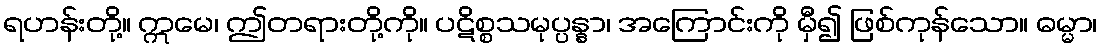
ရဟန်းတို့။ ဣမေ၊ ဤတရားတို့ကို။ ပဋိစ္စသမုပ္ပန္နာ၊ အကြောင်းကို မှီ၍ ဖြစ်ကုန်သော။ ဓမ္မာ၊